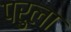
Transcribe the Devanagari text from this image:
परुला